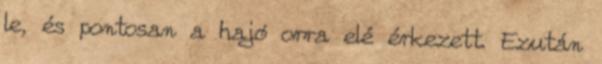
le, és pontosan a hajó orra elé érkezett. Ezután